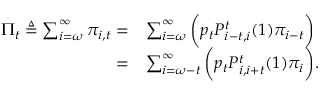
\begin{array} { r l } { \Pi _ { t } \triangleq \sum _ { i = \omega } ^ { \infty } \pi _ { i , t } = } & { \sum _ { i = \omega } ^ { \infty } \bigg ( p _ { t } P _ { i - t , i } ^ { t } ( 1 ) \pi _ { i - t } \bigg ) } \\ { = } & { \sum _ { i = \omega - t } ^ { \infty } \bigg ( p _ { t } P _ { i , i + t } ^ { t } ( 1 ) \pi _ { i } \bigg ) . } \end{array}